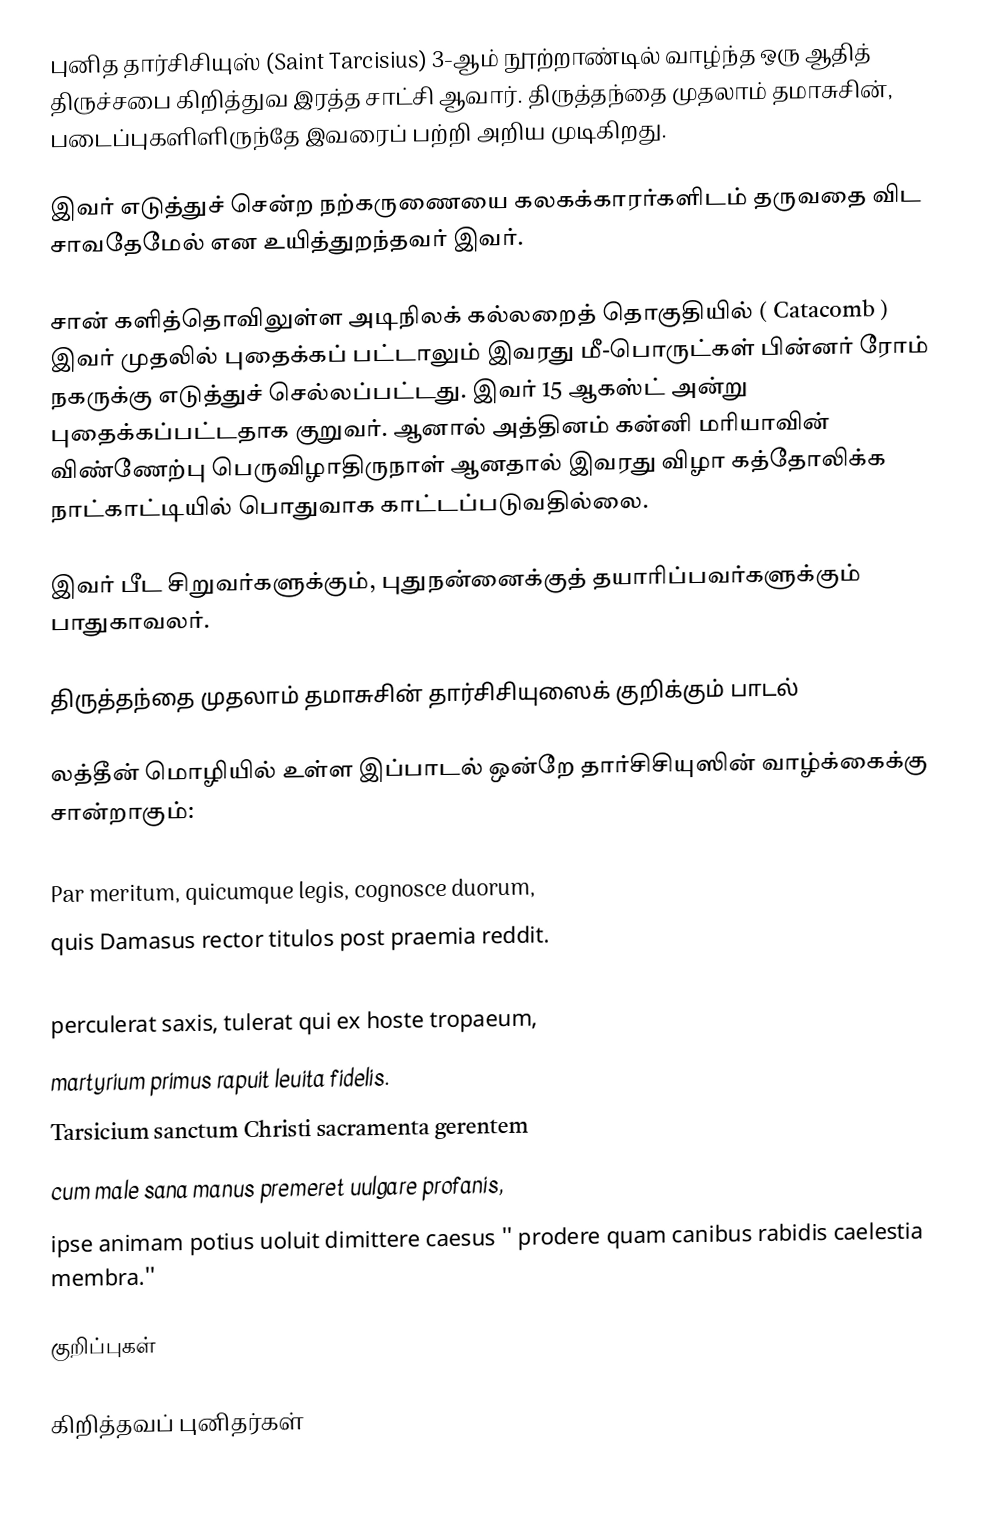
புனித தார்சிசியுஸ் (Saint Tarcisius) 3-ஆம் நூற்றாண்டில் வாழ்ந்த ஒரு ஆதித் திருச்சபை கிறித்துவ இரத்த சாட்சி ஆவார். திருத்தந்தை முதலாம் தமாசுசின், படைப்புகளிளிருந்தே இவரைப் பற்றி அறிய முடிகிறது.

இவர் எடுத்துச் சென்ற நற்கருணையை கலகக்காரர்களிடம் தருவதை விட சாவதேமேல் என உயித்துறந்தவர் இவர்.

சான் களித்தொவிலுள்ள அடிநிலக் கல்லறைத் தொகுதியில் ( Catacomb ) இவர் முதலில் புதைக்கப் பட்டாலும் இவரது மீ-பொருட்கள் பின்னர் ரோம் நகருக்கு எடுத்துச் செல்லப்பட்டது. இவர் 15 ஆகஸ்ட் அன்று புதைக்கப்பட்டதாக குறுவர். ஆனால் அத்தினம் கன்னி மரியாவின் விண்ணேற்பு பெருவிழாதிருநாள் ஆனதால் இவரது விழா கத்தோலிக்க நாட்காட்டியில் பொதுவாக காட்டப்படுவதில்லை.

இவர் பீட சிறுவர்களுக்கும், புதுநன்னைக்குத் தயாரிப்பவர்களுக்கும் பாதுகாவலர்.

திருத்தந்தை முதலாம் தமாசுசின் தார்சிசியுஸைக் குறிக்கும் பாடல்

லத்தீன் மொழியில் உள்ள இப்பாடல் ஒன்றே தார்சிசியுஸின் வாழ்க்கைக்கு சான்றாகும்:

Par meritum, quicumque legis, cognosce duorum,
quis Damasus rector titulos post praemia reddit.
Iudaicus populus Stephanum meliora monentem
perculerat saxis, tulerat qui ex hoste tropaeum,
martyrium primus rapuit leuita fidelis.
Tarsicium sanctum Christi sacramenta gerentem
cum male sana manus premeret uulgare profanis,
ipse animam potius uoluit dimittere caesus '' prodere quam canibus rabidis caelestia membra.''

குறிப்புகள்

கிறித்தவப் புனிதர்கள்